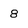
Character: 8